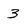
Character: 3